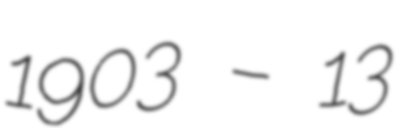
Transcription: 1903 – 13